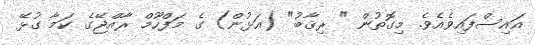
އައިސްފައިވެއެވެ. މިގޮތުން " ރިޤާބު" (އަޅުން) ގެ މަފްހޫމް ރާއްޖޭގެ ކަމާ ގުޅޭ